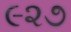
૯૨૭